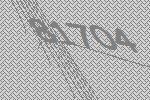
81704